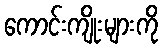
ကောင်းကျိုးများကို